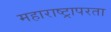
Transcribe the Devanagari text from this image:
महाराष्ट्रापरता